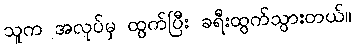
သူက အလုပ်မှ ထွက်ပြီး ခရီးထွက်သွားတယ်။